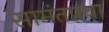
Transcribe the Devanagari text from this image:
सामंतप्रथा